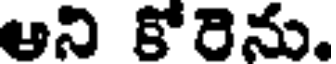
ఆని కోరెను.